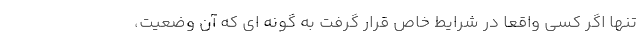
تنها اگر کسی واقعاً در شرایط خاص قرار گرفت به گونه ای که آن وضعیت،